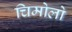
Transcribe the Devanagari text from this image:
चिमोलो